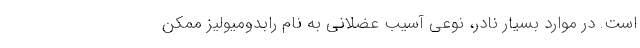
است. در موارد بسیار نادر، نوعی آسیب عضلانی به نام رابدومیولیز ممکن